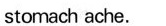
stomachache.